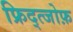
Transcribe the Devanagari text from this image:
फ्रिद्त्जोफ़